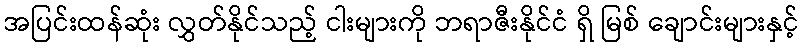
အပြင်းထန်ဆုံး လွှတ်နိုင်သည့် ငါးများကို ဘရာဇီးနိုင်ငံ ရှိ မြစ် ချောင်းများနှင့်